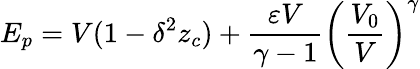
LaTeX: E_{p}=V(1-\delta^{2}z_{c})+\frac{\varepsilon V}{\gamma-1}\left(\frac{V_{0}}{V}\right)^{\gamma}